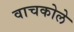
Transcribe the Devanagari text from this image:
वाचकोले